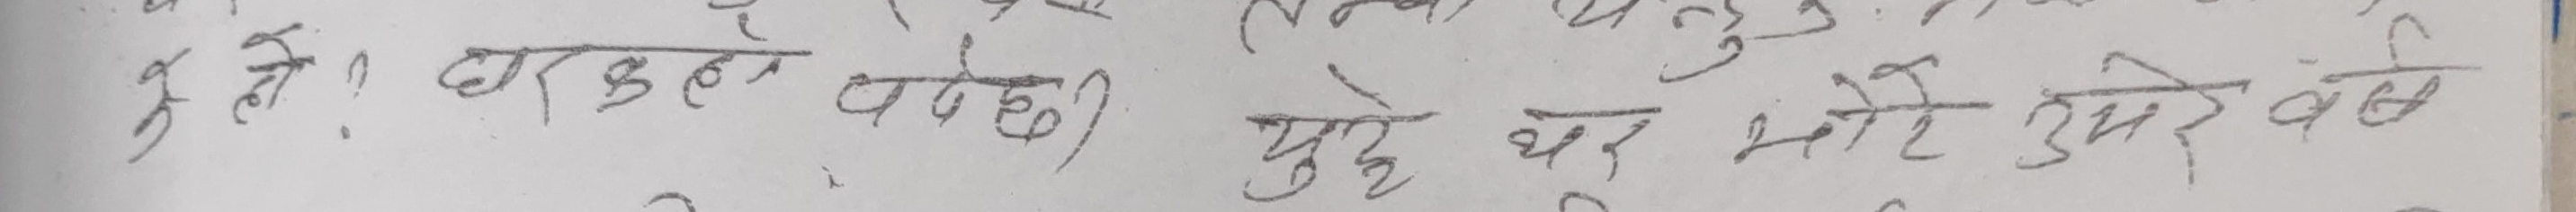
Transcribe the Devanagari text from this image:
एले ? बाह्र बजे पुग्ने थर भरि उपरे वॅध